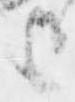
上